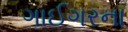
ગાઈગરના